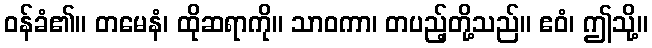
ဝန်ခံ၏။ တမေနံ၊ ထိုဆရာကို။ သာဝကာ၊ တပည့်တို့သည်။ ဧဝံ၊ ဤသို့။